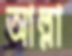
আল্লা